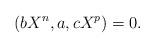
LaTeX: \begin{align*}(bX^n , a , cX^p) = 0.\end{align*}